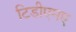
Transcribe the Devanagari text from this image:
टिडीएमए